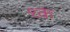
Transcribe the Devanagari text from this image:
१क